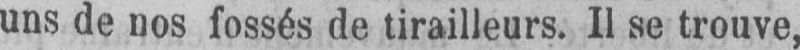
uns de nos fossés de tirailleurs. Il se trouve,